Indian journal of veterinary science and animal husbandry - Volume 6,
Year: 1936
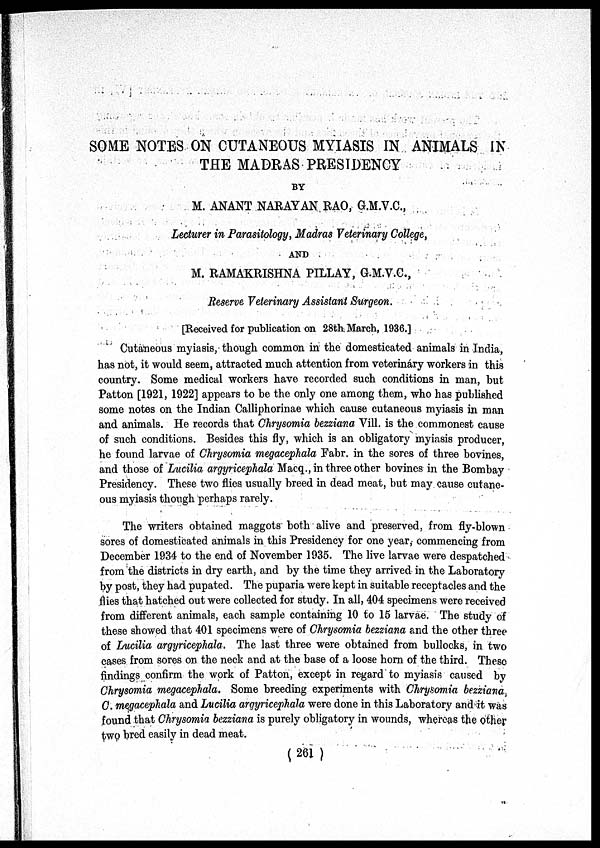
SOME NOTES ON CUTANEOUS MYIASIS IN ANIMALS IN
THE MADRAS PRESIDENCY
BY
M. ANANT NARAYAN RAO, G.M.V.C.,
Lecturer in Parasitology, Madras Veterinary College,
AND
M. RAMAKRISHNA PILLAY, G.M.V.C.,
Reserve Veterinary Assistant Surgeon.
[Received for publication on 28th. March, 1936.]
Cutaneous myiasis, though common in the domesticated animals in India,
has not, it would seem, attracted much attention from veterináry workers in this
country. Some medical workers have recorded such conditions in man, but
Patton [1921, 1922] appears to be the only one among them, who has published
some notes on the Indian Calliphorinae which cause cutaneous myiasis in man
and animals. He records that Chrysomia bezziana Vill. is the commonest cause
of such conditions. Besides this fly, which is an obligatory myiasis producer,
he found larvae of Chrysomia megacephala Fabr. in the sores of three bovines,
and those of Lucilia argyricephala Macq., in three other bovines in the Bombay
Presidency. These two flies usually breed in dead meat, but may cause cutane-
ous myiasis though perhaps rarely.
The writers obtained maggots both alive and preserved, from fly-blown
sores of domesticated animals in this Presidency for one year, commencing from
December 1934 to the end of November 1935. The live larvae were despatched
from the districts in dry earth, and by the time they arrived in the Laboratory
by post, they had pupated. The puparia were kept in suitable receptacles and the
flies that hatched out were collected for study. In all, 404 specimens were received
from different animals, each sample containing 10 to 15 larvae. The study of
these showed that 401 specimens were of Chrysomia bezziana and the other three
of Lucilia argyricephala. The last three were obtained from bullocks, in two
cases from sores on the neck and at the base of a loose horn of the third. These
findings confirm the work of Patton, except in regard to myiasis caused by
Chrysomia megacephala. Some breeding experiments with Chrysomia bezziana,
C. megacephala and Lucilia argyricephala were done in this Laboratory and it was
found that Chrysomia bezziana is purely obligatory in wounds, whereas the other
two bred easily in dead meat.
(261)